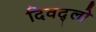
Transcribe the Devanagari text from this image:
दिवद्लो